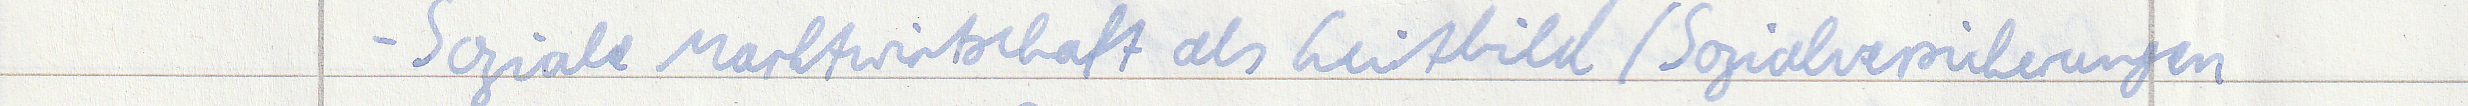
- Soziale Marktwirtschaft als Leitbild / Sozialversicherungen